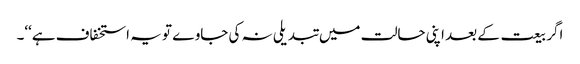
اگر بیعت کے بعد اپنی حالت میں تبدیلی نہ کی جاوے تو یہ استخفاف ہے‘‘۔